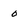
Character: 0